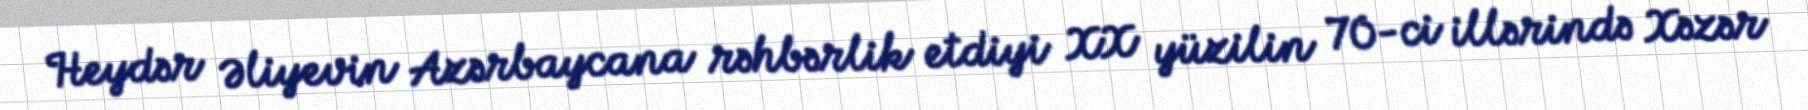
Heydər Əliyevin Azərbaycana rəhbərlik etdiyi XX yüzilin 70-ci illərində Xəzər